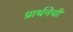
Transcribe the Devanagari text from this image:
प्रार्थनेची